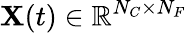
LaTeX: {\mathbf X}(t)\in\mathbb{R}^{N_{C}\times N_{F}}